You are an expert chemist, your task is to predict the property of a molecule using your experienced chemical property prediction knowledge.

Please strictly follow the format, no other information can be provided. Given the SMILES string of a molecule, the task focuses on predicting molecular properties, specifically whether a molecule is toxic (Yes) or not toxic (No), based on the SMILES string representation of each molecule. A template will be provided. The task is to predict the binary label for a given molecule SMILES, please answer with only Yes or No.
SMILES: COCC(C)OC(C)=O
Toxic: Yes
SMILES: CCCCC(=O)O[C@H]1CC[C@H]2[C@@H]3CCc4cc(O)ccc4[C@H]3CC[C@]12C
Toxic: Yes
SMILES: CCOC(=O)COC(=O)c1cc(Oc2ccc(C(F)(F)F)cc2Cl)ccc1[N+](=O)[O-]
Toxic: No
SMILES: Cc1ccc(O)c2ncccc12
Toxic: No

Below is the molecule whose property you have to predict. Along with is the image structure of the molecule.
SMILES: CC(C)CCCCCCCCCCCCCCC(=O)O
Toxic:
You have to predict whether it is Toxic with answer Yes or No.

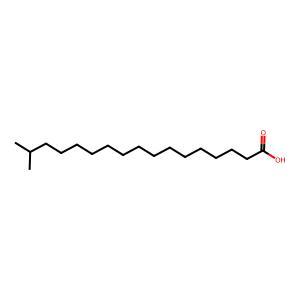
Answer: No